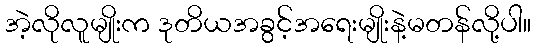
အဲ့လိုလူမျိုးက ဒုတိယအခွင့်အရေးမျိုးနဲ့မတန်လို့ပါ။